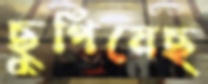
ছুপিয়েছ